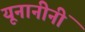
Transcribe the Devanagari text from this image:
यूनानीनीं